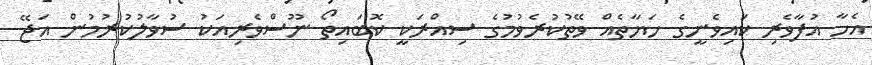
އެހާ އުފާވެރި ކައިވެނީގެ ހަޔާތެއް ވޭތުކުރެވުމުގެ ސިއްރަކީ ކޮބައިތޯ ނޫސްވެރިއަކު ސުވާލުކުރުމުން އަޖޭ